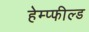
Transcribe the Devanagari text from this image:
हेम्प्फील्ड